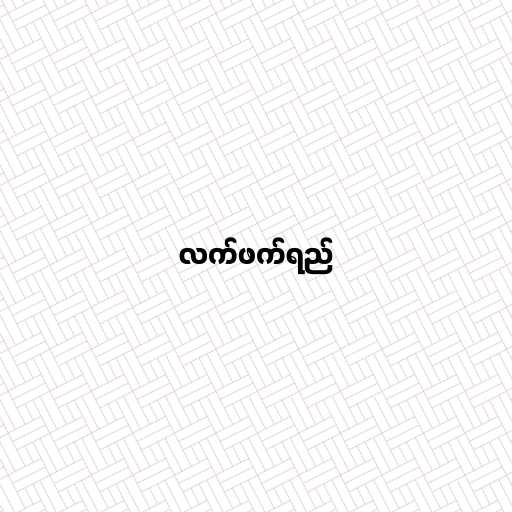
လက်ဖက်ရည်